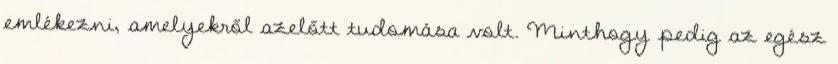
emlékezni, amelyekről azelőtt tudomása volt. Minthogy pedig az egész